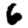
Digit: 6